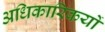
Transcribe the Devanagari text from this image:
अधिकारिकयों